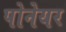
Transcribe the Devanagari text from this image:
पोनेयर